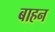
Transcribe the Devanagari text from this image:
बाहन